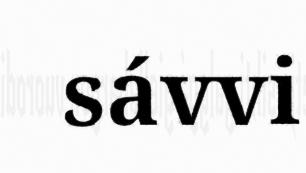
sávvi